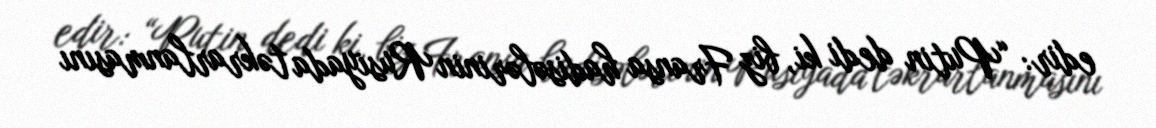
edir: “Putin dedi ki, biz Fransa hadisələrinin Rusiyada təkrarlanmasını